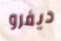
ديفرو